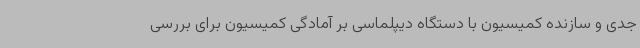
جدی و سازنده کمیسیون با دستگاه دیپلماسی بر آمادگی کمیسیون برای بررسی